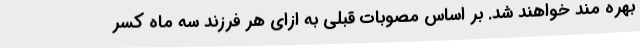
بهره مند خواهند شد. بر اساس مصوبات قبلی به ازای هر فرزند سه ماه کسر